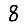
Digit: 8